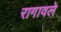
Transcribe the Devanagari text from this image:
रागावले